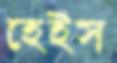
হেইস